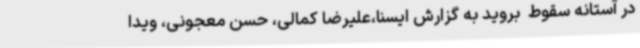
در آستانه سقوط  بروید به گزارش ایسنا،علیرضا کمالی، حسن معجونی، ویدا